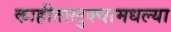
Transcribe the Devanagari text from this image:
काहीतालुक्यामधल्या